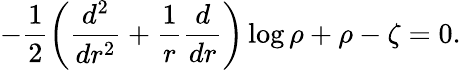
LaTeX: -\frac 12\left(\frac{d^{2}}{dr^{2}}+\frac 1r\frac d{dr}\right)\log\rho+\rho-\zeta=0.